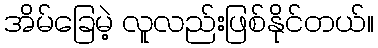
အိမ်ခြေမဲ့ လူလည်းဖြစ်နိုင်တယ်။